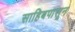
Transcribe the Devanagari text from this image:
साहिबपासून